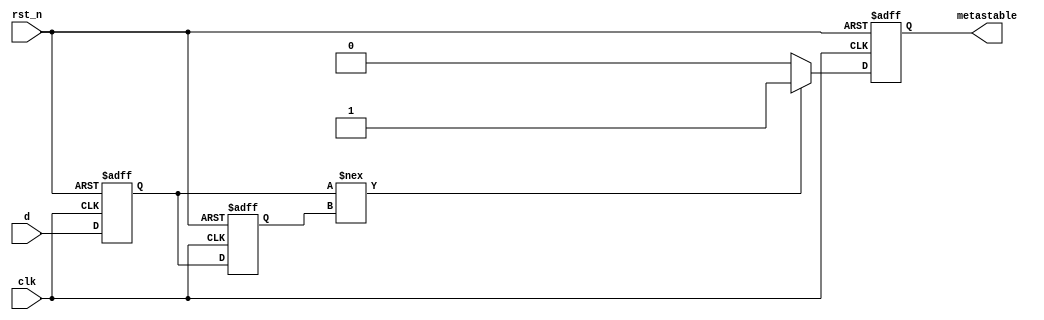
module metastability_detector (
    input wire clk,         // Clock signal
    input wire rst_n,      // Active low reset signal
    input wire d,          // Signal to monitor
    output reg metastable   // Output signal indicating metastability
);

    reg q1, q2;            // Flip-flop outputs

    // Flip-flops to sample the input signal
    always @(posedge clk or negedge rst_n) begin
        if (!rst_n) begin
            q1 <= 1'b0;
        end else begin
            q1 <= d;      // Sample the input signal
        end
    end

    always @(posedge clk or negedge rst_n) begin
        if (!rst_n) begin
            q2 <= 1'b0;
        end else begin
            q2 <= q1;     // Sample the output of the first flip-flop
        end
    end

    // Metastability detection logic
    always @(posedge clk or negedge rst_n) begin
        if (!rst_n) begin
            metastable <= 1'b0; // Reset metastable signal
        end else begin
            // Simple condition to detect potential metastability
            // Here, we assume metastability occurs if q1 and q2 are different
            if (q1 !== q2) begin
                metastable <= 1'b1; // Indicate metastable state
            end else begin
                metastable <= 1'b0; // Clear metastable indication
            end
        end
    end

endmodule